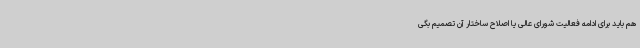
هم باید برای ادامه فعالیت شورای عالی یا اصلاح ساختار آن تصمیم بگی